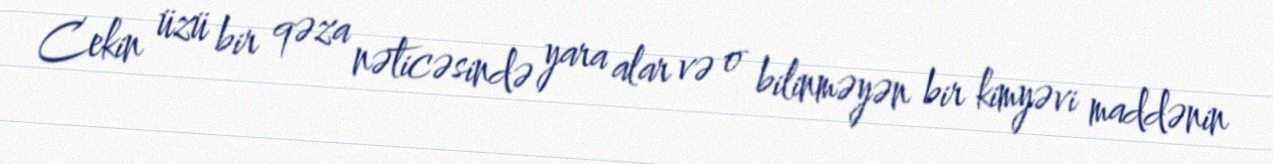
Cekin üzü bir qəza nəticəsində yara alar və o bilinməyən bir kimyəvi maddənin